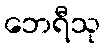
ဘေရီသု